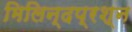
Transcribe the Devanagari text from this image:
मिलिन्दप्रश्न